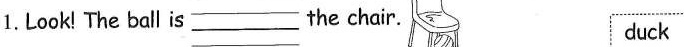
1.Look! The ball is ___ the chair. duck